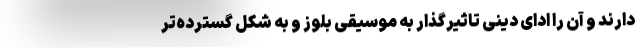
دارند و آن را ادای دینی تاثیرگذار به موسیقی بلوز و به شکل گسترده‌تر